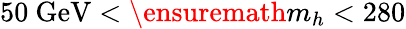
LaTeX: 50\ \mathrm{GeV}<\ensuremath{m_{h}}<280